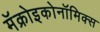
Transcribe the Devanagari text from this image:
मॅक्रोइकोनॉमिक्स